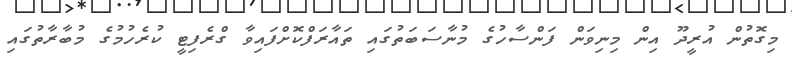
މިގޮތުން އުރީދޫ އިން މިނިވަން ފަންސާހުގެ މުނާސަބަތުގައި ތައާރަފްކޮށްފައިވާ ގްރެފިޓީ ކުރެހުމުގެ މުބާރާތުގައި